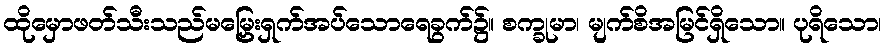
ထိုမှောဖတ်သီးသည်မမြှေးရှက်အပ်သောရေခွက်၌။ စက္ခုမာ၊ မျက်စိအမြင်ရှိသော။ ပုရိသော၊